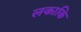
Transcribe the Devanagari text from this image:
लकाकि